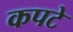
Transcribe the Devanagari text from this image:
कपटे